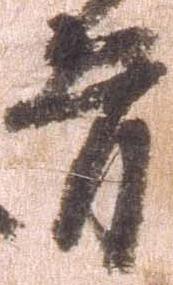
旨